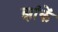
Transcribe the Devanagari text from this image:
झांकें